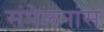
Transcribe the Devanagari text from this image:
संमेलनांस